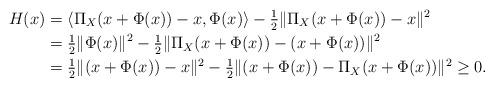
LaTeX: \begin{align*}H(x) & = \langle\Pi_{X}(x+\Phi(x)) - x, \Phi(x) \rangle - \tfrac{1}{2}\|\Pi_{X}(x+\Phi(x))-x\|^2\\& = \tfrac{1}{2} \|\Phi(x)\|^2 - \tfrac{1}{2}\|\Pi_{X}(x+\Phi(x))-(x+\Phi(x))\|^2 \\& = \tfrac{1}{2} \|(x+\Phi(x))-x\|^2 - \tfrac{1}{2}\|(x+\Phi(x))-\Pi_{X}(x+\Phi(x))\|^2 \geq 0.\end{align*}